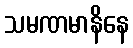
သမဏမာနိနေ